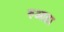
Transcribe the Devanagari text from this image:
रुआहा